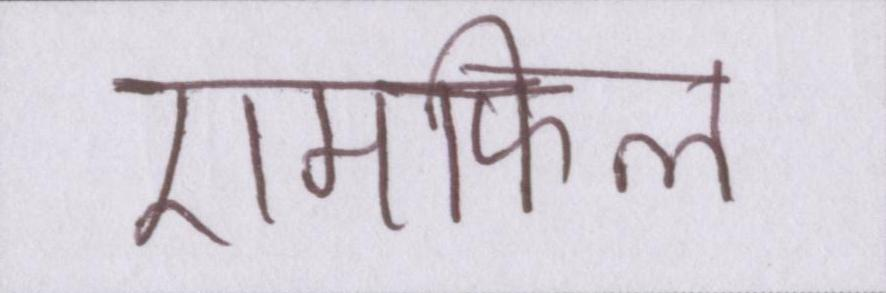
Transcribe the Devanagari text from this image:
एमफिल